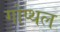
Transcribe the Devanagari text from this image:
गोप्थल